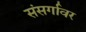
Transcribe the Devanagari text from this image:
संसर्गावर